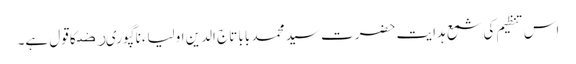
اس تنظیم کی شمع ہدایت حضرت سید محمد بابا تاج الدین اولیاءناگپوریﺭﺿ کا قول ہے۔